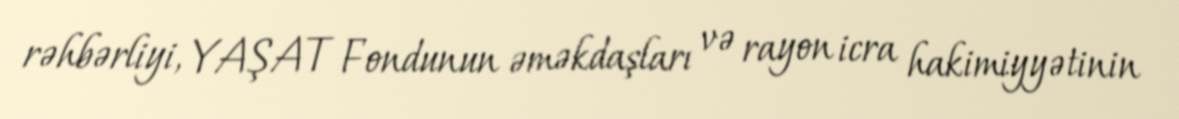
rəhbərliyi, YAŞAT Fondunun əməkdaşları və rayon icra hakimiyyətinin